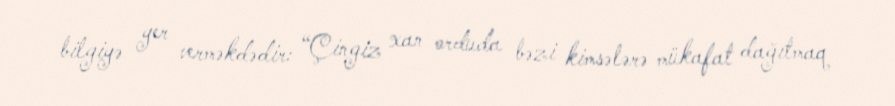
bilgiyə yer verməkdədir: “Çingiz xan orduda bəzi kimsələrə mükafat dağıtmaq